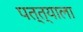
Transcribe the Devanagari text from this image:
पत्त्याला